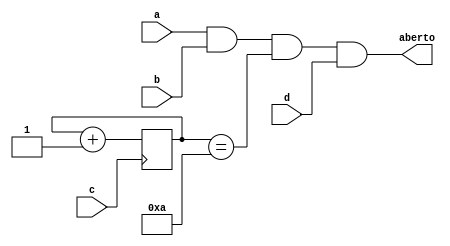
module cadeado(
    output aberto,
    input a,
    input b,
    input c,
    input d
);

reg [15:0] conta_c = 0;

always @( posedge c ) begin
    conta_c <= conta_c + 1;
end

assign aberto = a & b & conta_c == 10 & d;

endmodule